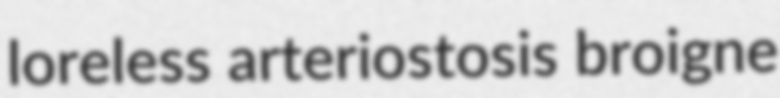
loreless arteriostosis broigne